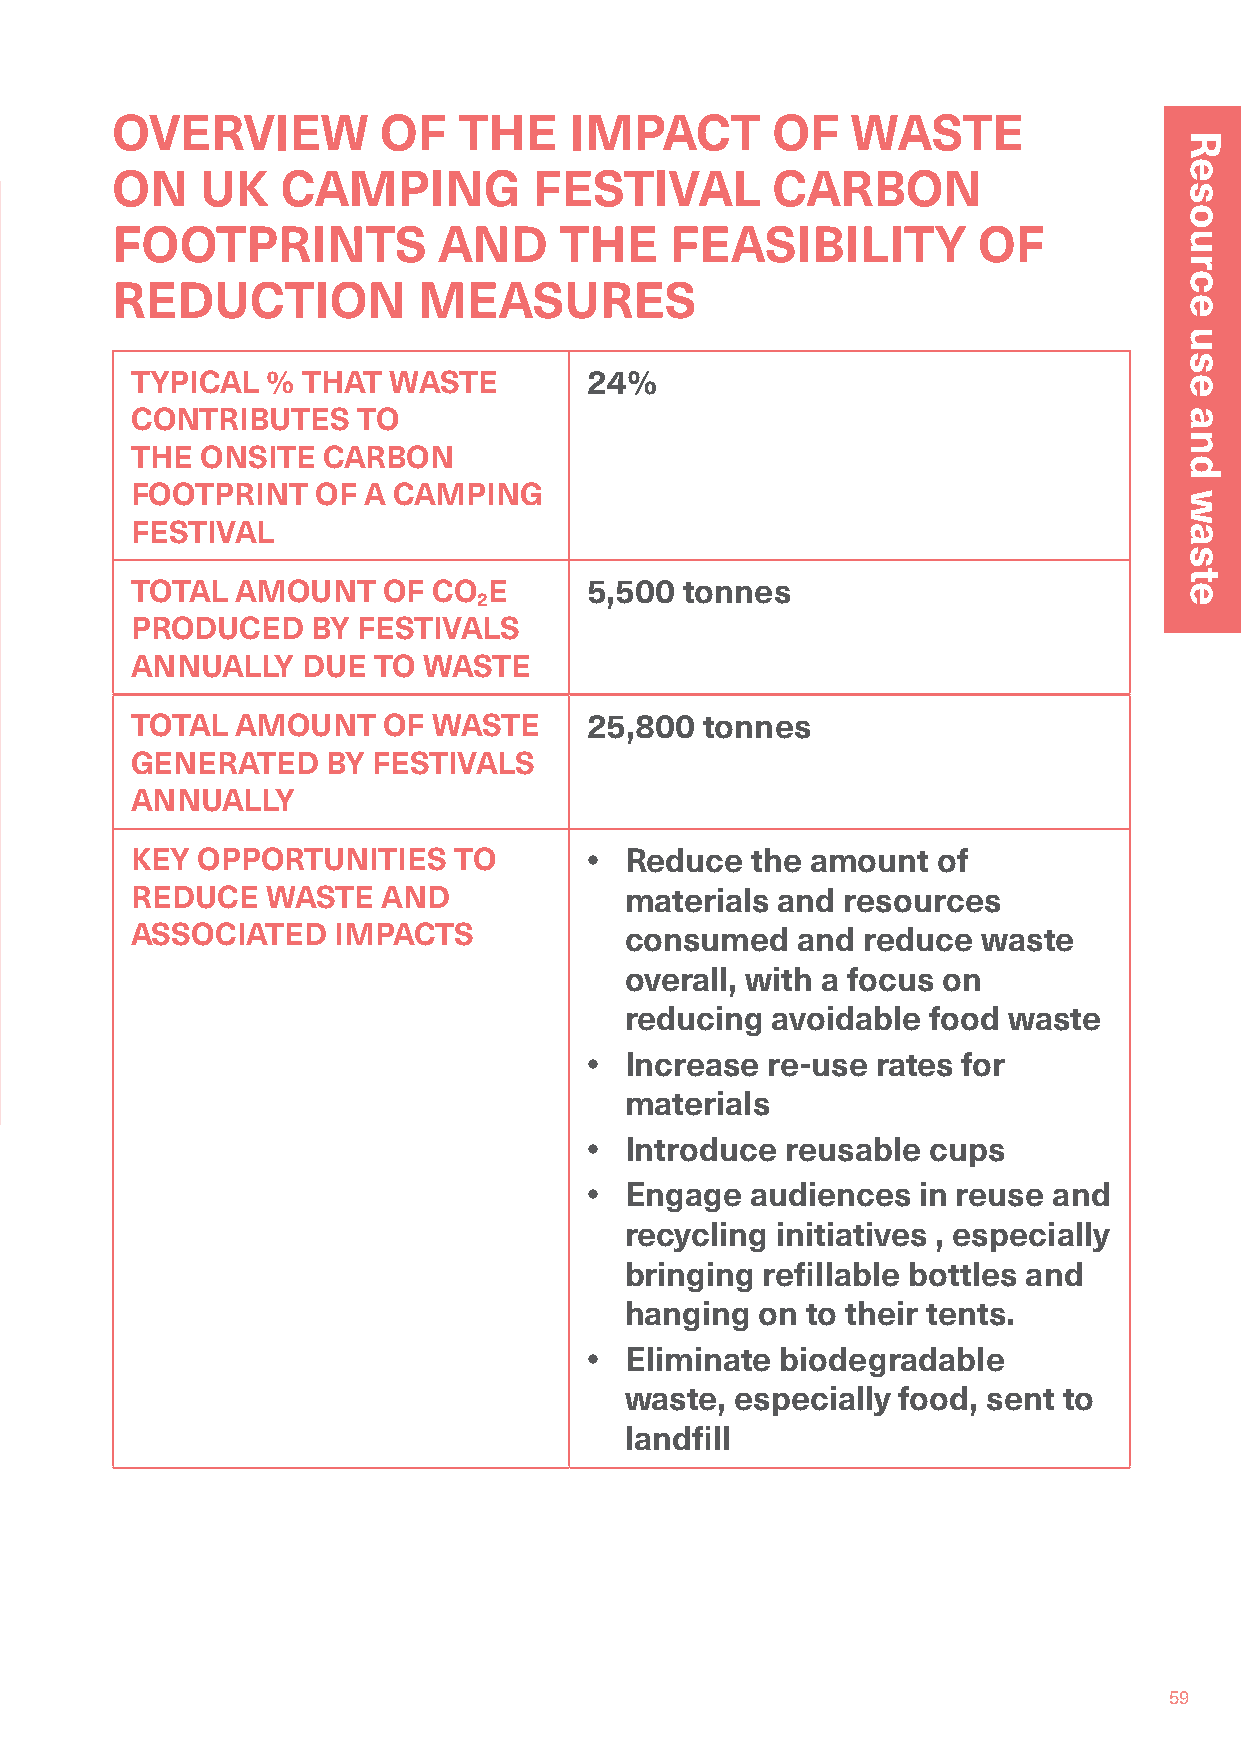
OVERVIEW          OF   THE     IMPACT       OF   WASTE
 ON    UK    CAMPING         FESTIVAL        CARBON
 FOOTPRINTS            AND     THE    FEASIBILITY          OF
 REDUCTION            MEASURES
 TYPICAL  % THAT  WASTE        24%
 CONTRIBUTES    TO
 THE ONSITE  CARBON
 FOOTPRINT   OF A CAMPING
 FESTIVAL
 TOTAL  AMOUNT   OF  CO E      5,500 tonnes
 2
 PRODUCED    BY FESTIVALS
 ANNUALLY   DUE  TO WASTE
 TOTAL  AMOUNT   OF  WASTE     25,800  tonnes
 GENERATED    BY FESTIVALS
 ANNUALLY
 KEY OPPORTUNITIES    TO       • Reduce   the amount  of
 REDUCE   WASTE  AND             materials and  resources
 ASSOCIATED   IMPACTS            consumed    and reduce  waste
 overall, with a focus on
 reducing  avoidable food  waste
 • Increase  re-use rates for
 materials
 • Introduce  reusable cups
 • Engage   audiences  in reuse and
 recycling initiatives , especially
 bringing refillable bottles and
 hanging  on to their tents.
 • Eliminate  biodegradable
 waste,  especially food, sent to
 landfill
 59
 Resource
 use
 and
 waste